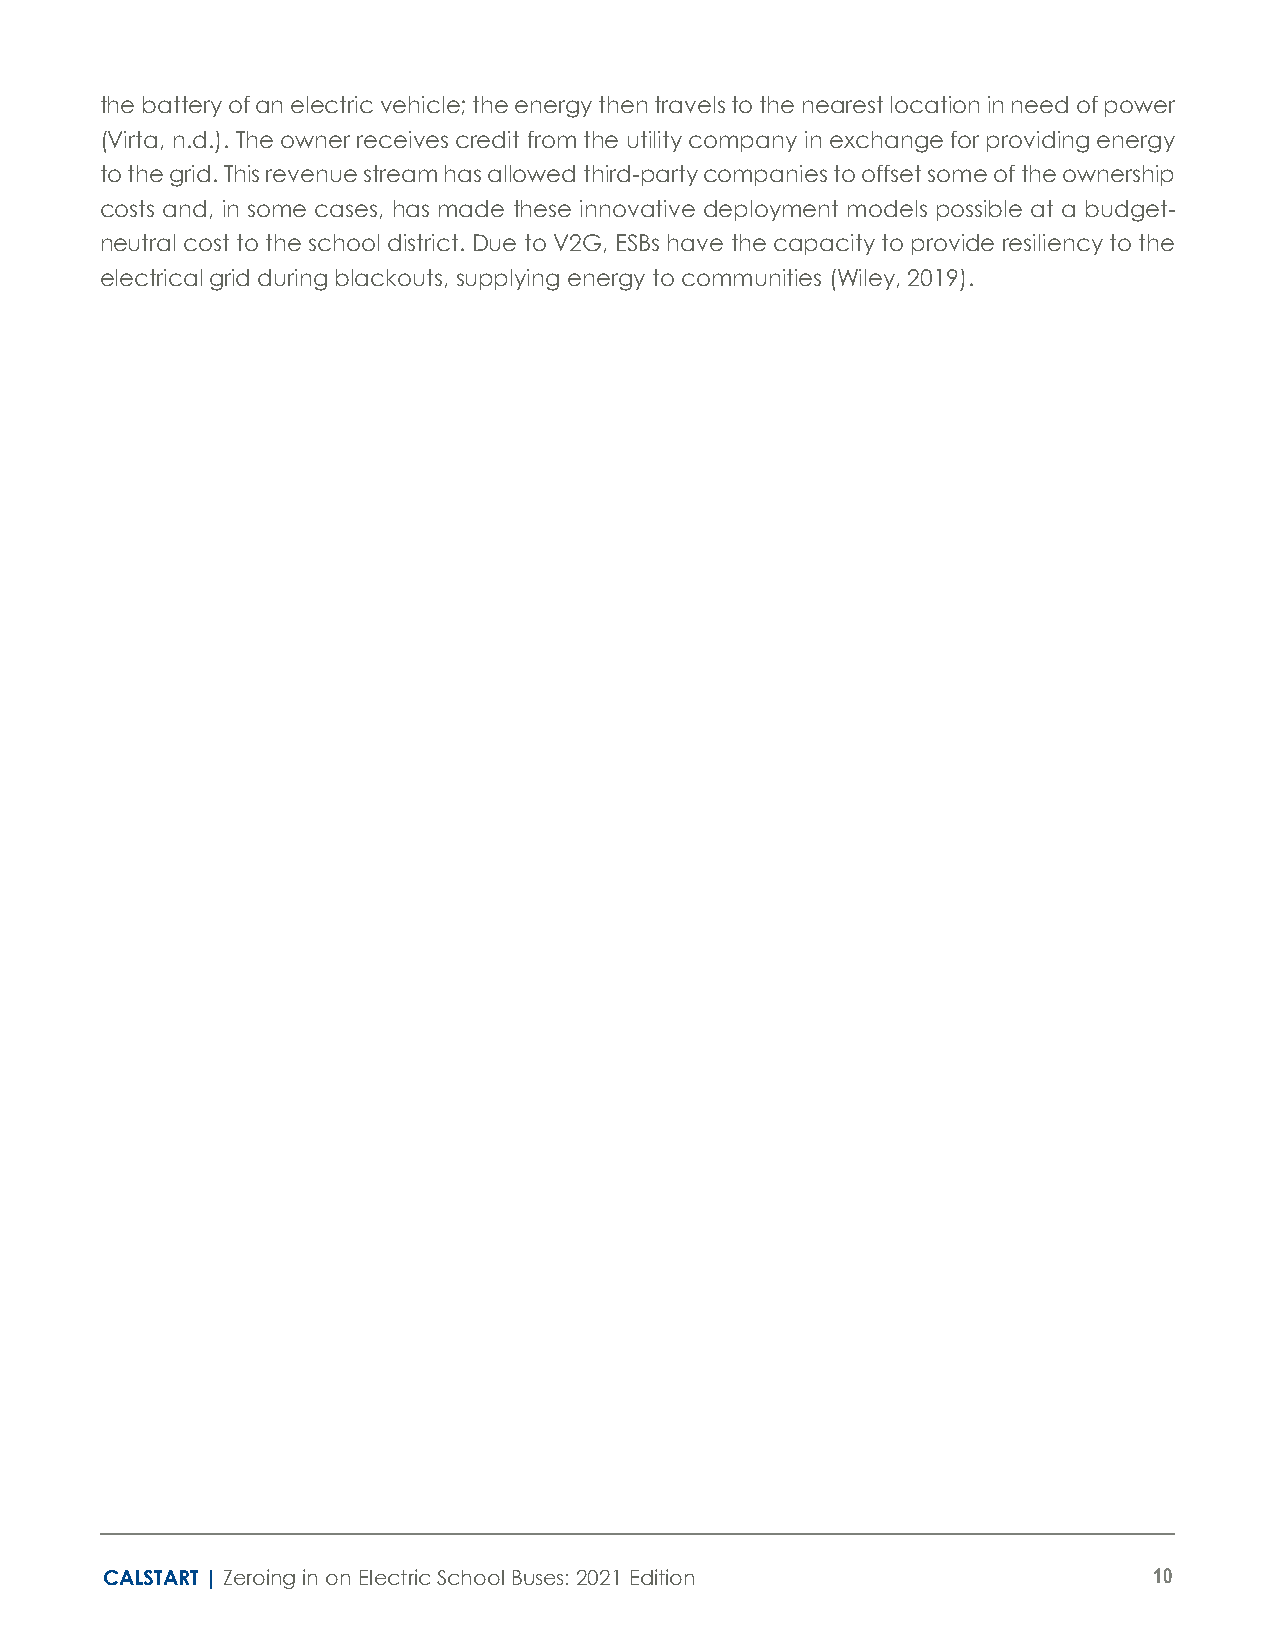
the battery of an electric vehicle; the energy then travels to the nearest location in need of power
 (Virta, n.d.). The owner receives credit from the utility company in exchange for providing energy
 to the grid. This revenue stream has allowed third-party companies to offset some of the ownership
 costs and, in some cases, has made these innovative deployment models possible at a budget-
 neutral cost to the school district. Due to V2G, ESBs have the capacity to provide resiliency to the
 electrical grid during blackouts, supplying energy to communities (Wiley, 2019).
 CALSTART | Zeroing in on Electric School Buses: 2021 Edition         10